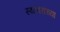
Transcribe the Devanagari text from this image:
स्थावरांच्या